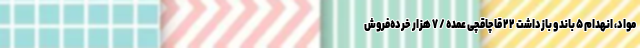
مواد، انهدام ۵ باند و بازداشت ۲۲ قاچاقچی عمده / ۷ هزار خرده‌فروش